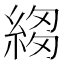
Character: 𦁯